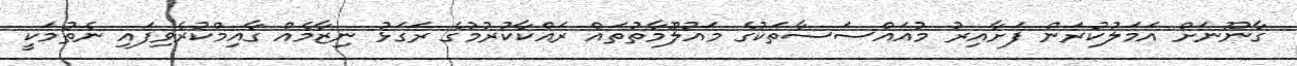
ގާނޫނަށް އަމަލުކުރަން ފަށާއިރު މުއައްސަސާތަކުގެ މައުލޫމާތުތައް ރައްކާކުރުމުގެ ރަގަޅު ނިޒާމެއް ގާއިމްކުރެވިފައި ނެތުމަކީ